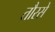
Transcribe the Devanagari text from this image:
तौरसे